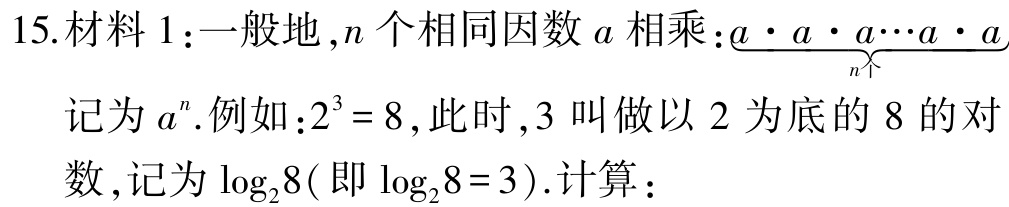
15.材料1：一般地，\(n\)个相同因数\(a\)相乘：\(\underbrace{a\cdot a\cdot a\cdots a\cdot a}_{n个}\)记为\(a^{n}\).例如：\(2^{3}=8\)，此时，\(3\)叫做以\(2\)为底的\(8\)的对数，记为\(\log_{2}8\)(即\(\log_{2}8 = 3\)).计算：